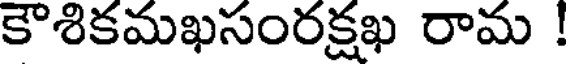
కౌశికమఖసంరక్షఖ రామ !